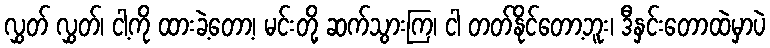
လွှတ် လွှတ်၊ ငါ့ကို ထားခဲ့တော့၊ မင်းတို့ ဆက်သွားကြ၊ ငါ တတ်နိုင်တော့ဘူး၊ ဒီနှင်းတောထဲမှာပဲ